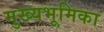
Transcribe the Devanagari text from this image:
मुख्यभूमिका